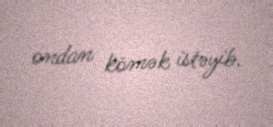
ondan kömək istəyib.